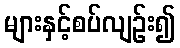
များနှင့်စပ်လျဉ်း၍